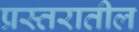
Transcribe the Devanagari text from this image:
प्रस्तरातील